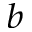
^ b